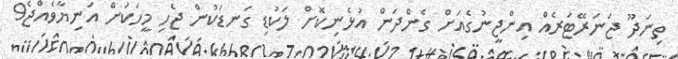
ތިނަދޫ ޖަނަރޭޓަރެއް އިންޖީނުގެއަށް ގެންދަން އުޅެނިކޮށް ލަކުޑި ގަނޑަކުން ޖެހި މީހަކަށް އަނިޔާވެއްޖެ9